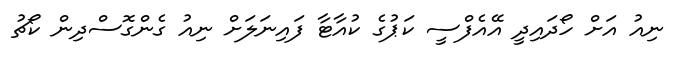
ނިއު އަށް ހޯދައިދީ އޭއެފްސީ ކަޕުގެ ކުއާޓާ ފައިނަލަށް ނިއު ގެންގޮސްދިން ކޯޗު